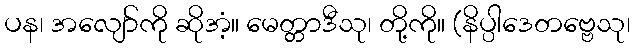
ပန၊ အလျော်ကို ဆိုအံ့။ မေတ္တာဒီသု၊ တို့ကို။ (နိပ္ပါဒေတဗ္ဗေသု၊